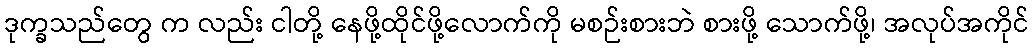
ဒုက္ခသည်တွေ က လည်း ငါတို့ နေဖို့ထိုင်ဖို့လောက်ကို မစဉ်းစားဘဲ စားဖို့ သောက်ဖို့၊ အလုပ်အကိုင်